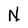
Character: N